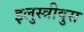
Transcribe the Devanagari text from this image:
इलुस्त्रीवुस